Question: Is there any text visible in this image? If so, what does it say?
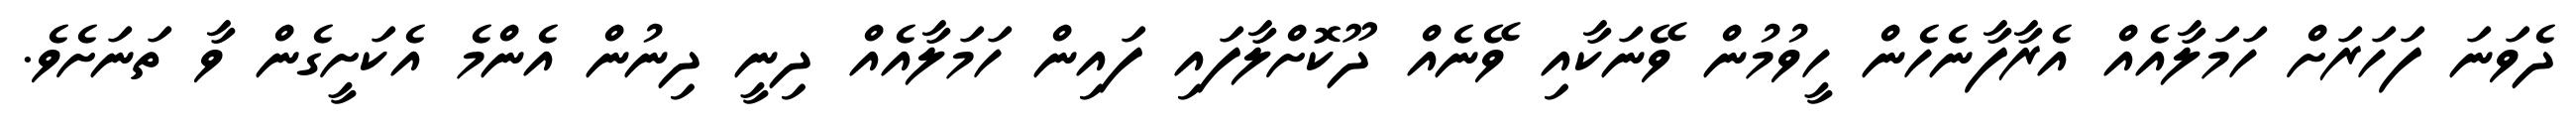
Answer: ދެވަނަ ފަހަރަށް ހަމަލާއެއް އެރާފާނެހެން ހީވުމުން ވޭނަކާއި ވޭނެއް ދޫކޮށްލާފައި ފައިން ހަމަލާއެއް ދިނީ ދިނުން އެންމެ އެކަށީގެން ވާ ތަނަށެވެ.